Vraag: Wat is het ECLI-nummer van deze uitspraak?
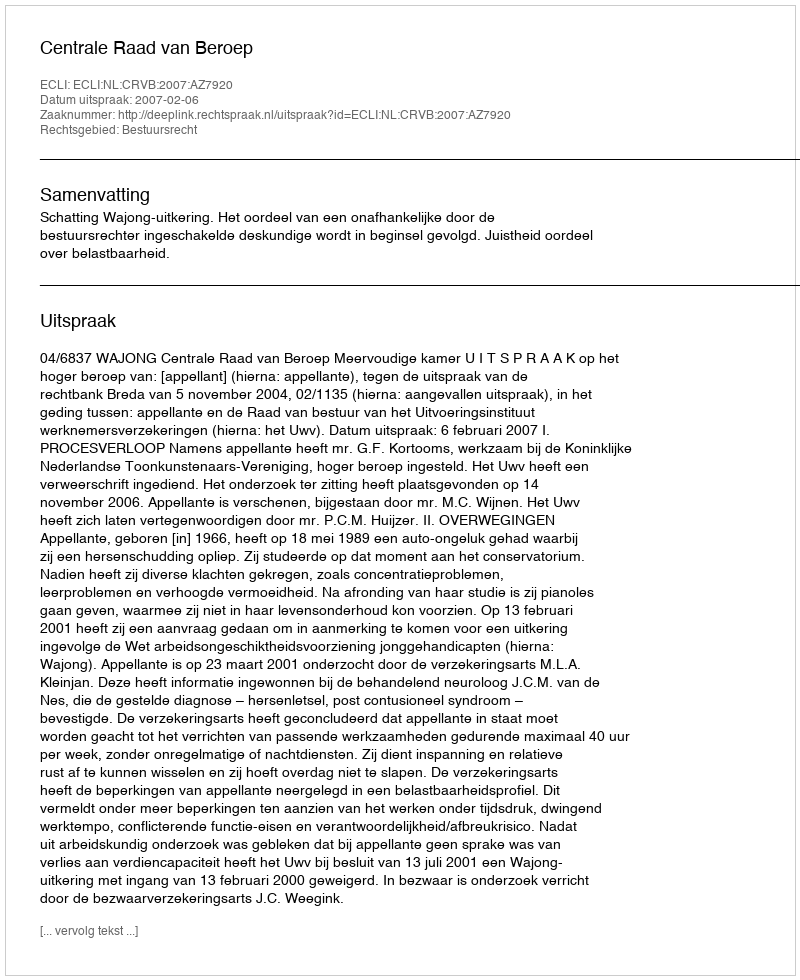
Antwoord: ECLI:NL:CRVB:2007:AZ7920